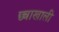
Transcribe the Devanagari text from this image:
छ्त्राखाली